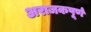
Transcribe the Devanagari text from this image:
अराजकपूर्ण